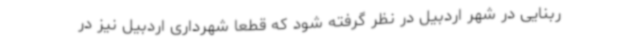
ربنایی در شهر اردبیل در نظر گرفته شود که قطعا شهرداری اردبیل نیز در